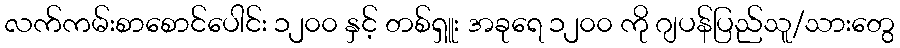
လက်ကမ်းစာစောင်ပေါင်း ၁၂၀၀ နှင့် တစ်ရှူး အခုရေ ၁၂၀၀ ကို ဂျပန်ပြည်သူ/သားတွေ